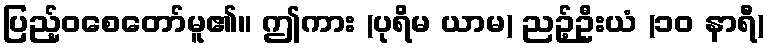
ပြည့်ဝစေတော်မူ၏။ ဤကား (ပုရိမ ယာမ) ညဉ့်ဦးယံ (၁၀ နာရီ)